Lunatic asylums Punjab 1895-1910 - 1895-1910
Year: 1895
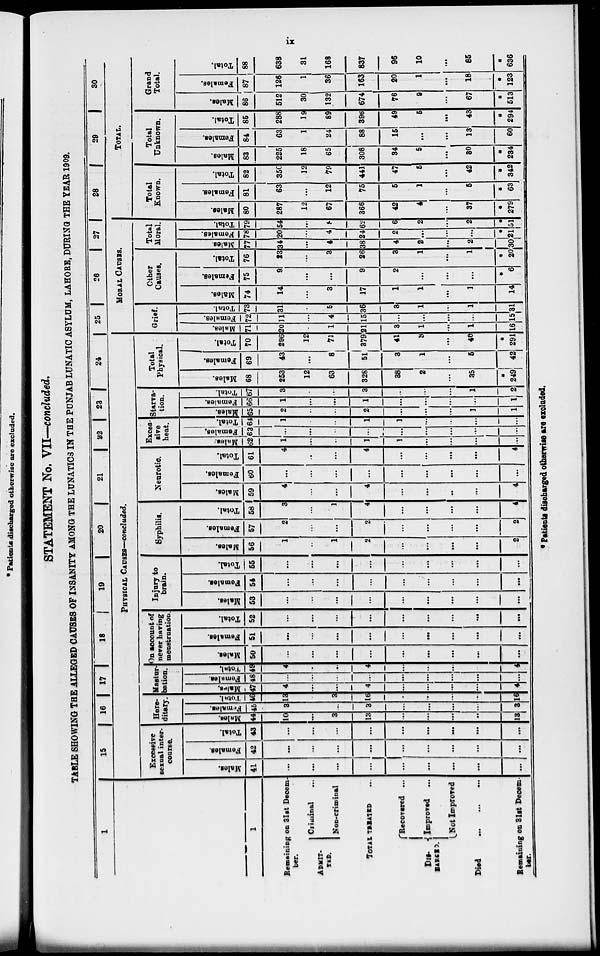
xi
STATEMENT No. VII—concluded.
TABLE SHOWING THE ALLEGED CAUSES OF INSANITY AMONG THE LUNATICS IN THE PUNJAB LUNATIC ASYLUM, LAHORE, DURING THE YEAR 1909.
1
1
Remaining on 31st Decem-
ber.
ADMIT-
TED.
Criminal
Non-criminal
TOTAL TREATED
DIS-
CHARGED
Recovered ...
Improved ...
Not Improved
DIED ... ... ...
Remaining on 31st Decem-
ber.
15
16
17
18
19
20
21
22
23
24
PHYSICAL CAUSES—concluded.
Excessive
sexual inter-
course.
Males.
41
...
...
...
...
...
...
...
...
...
Females.
42
...
...
...
...
...
...
...
...
...
Total.
43
...
...
...
...
...
...
...
...
...
Here-
ditary.
Males.
44
10
...
3
13
...
...
...
...
13
Females.
45
3
...
...
3
...
...
...
...
3
Total.
46
13
...
3
16
...
...
...
...
16
Mastur-
bation.
Males.
47
4
...
...
4
...
...
...
...
4
Females.
48
...
...
...
...
...
...
...
...
...
Total.
49
4
...
...
4
...
...
...
...
4
On account of
never having
menstruation.
Males.
50
...
...
...
...
...
...
...
...
...
Females.
51
...
...
...
...
...
...
...
...
...
Total.
52
...
...
...
...
...
...
...
...
...
Injury to
brain.
Males.
53
...
...
...
...
...
...
...
...
Females.
54
...
...
...
...
...
...
...
...
...
Total.
55
...
...
...
...
...
...
...
...
...
Syphilis.
Males.
56
1
...
...
2
...
...
...
...
2
Females.
57
2
...
...
2
...
...
...
...
2
Total.
58
3
...
1
4
...
...
...
...
4
Neurotic
Males.
59
4
...
...
4
...
...
...
...
4
Females.
60
...
...
...
...
...
...
...
...
...
Total.
61
4
...
...
4
...
...
...
...
4
Exces-
sive
heat.
Males.
62
1
...
...
1
1
...
...
...
...
Females.
63
...
...
...
...
...
...
...
...
...
Total.
64
1
...
...
1
1
...
...
...
...
Starva-
tion.
Males.
65
2
...
...
2
...
...
...
1
1
Females.
66
1
...
...
1
...
...
...
...
1
Total.
67
3
...
...
3
...
...
...
1
2
Total
Physical.
Males.
68
253
12
63
328
38
2
...
35
*
249
Females.
69
43
...
8
51
3
1
...
5
42
Total.
70
296
12
71
379
41
3
...
40
*
291
25
26
27
28
MORAL CAUSES.
Grief.
Males.
71
20
...
1
21
3
1
...
1
16
Females.
72
11
...
4
15
...
...
...
...
15
Total.
73
31
...
5
36
3
1
...
1
31
Other
Causes.
Males.
74
14
...
3
17
1
1
...
1
14
Females.
75
9
...
...
9
2
...
...
...
*
6
Total.
76
23
...
3
26
3
1
...
1
*
20
Total
Moral.
Males.
77
34
...
4
38
4
2
...
2
30
Females.
78
20
...
4
24
2
...
...
...
*
21
Total.
79
54
...
8
62
6
2
...
2
*
51
Total
Known.
Males.
80
287
12
67
366
42
4
...
37
*
279
Females.
81
63
...
12
75
5
1
...
5
*
63
Total.
82
350
12
79
441
47
5
...
42
*
342
29
30
TOTAL.
Total
Unknown.
Males.
83
225
18
65
308
34
5
...
30
*
234
Females.
84
63
1
24
88
15
...
...
13
60
Total.
85
288
19
89
396
49
5
...
43
*
294
Grand
Total.
Males.
86
512
30
132
674
76
9
...
67
*
513
Females.
87
126
1
36
163
20
1
...
18
*
123
Total.
88
638
31
168
837
96
10
...
85
*
636
* Patients discharged otherwise are excluded.